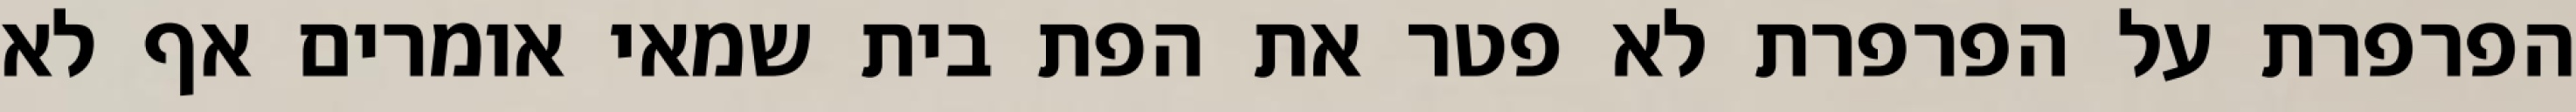
הפרפרת על הפרפרת לא פטר את הפת בית שמאי אומרים אף לא